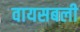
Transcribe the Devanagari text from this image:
वायसबली